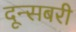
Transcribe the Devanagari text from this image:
दून्सबरी